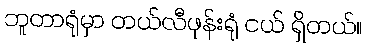
ဘူတာရုံမှာ တယ်လီဖုန်းရုံ ငယ် ရှိတယ်။